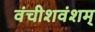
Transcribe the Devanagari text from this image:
वंचीशवंशम्